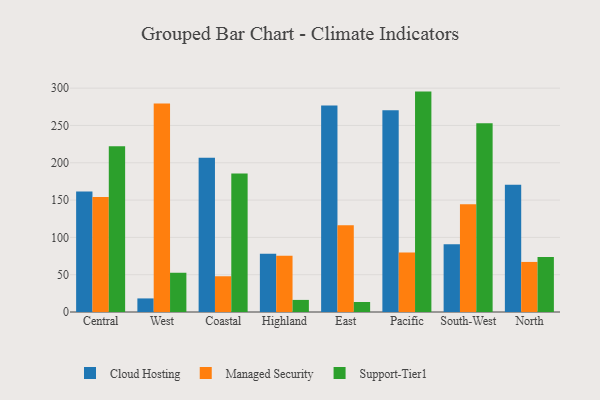
{"axis": {"x": "Region", "y": "Active Users"}, "legend": ["Cloud Hosting", "Managed Security", "Support-Tier1"], "data": [{"x": "Central", "y": 161.6, "type": "Cloud Hosting"}, {"x": "Central", "y": 154.0, "type": "Managed Security"}, {"x": "Central", "y": 222.2, "type": "Support-Tier1"}, {"x": "West", "y": 18.2, "type": "Cloud Hosting"}, {"x": "West", "y": 279.5, "type": "Managed Security"}, {"x": "West", "y": 52.6, "type": "Support-Tier1"}, {"x": "Coastal", "y": 206.6, "type": "Cloud Hosting"}, {"x": "Coastal", "y": 47.9, "type": "Managed Security"}, {"x": "Coastal", "y": 185.6, "type": "Support-Tier1"}, {"x": "Highland", "y": 78.1, "type": "Cloud Hosting"}, {"x": "Highland", "y": 75.4, "type": "Managed Security"}, {"x": "Highland", "y": 16.2, "type": "Support-Tier1"}, {"x": "East", "y": 276.8, "type": "Cloud Hosting"}, {"x": "East", "y": 116.4, "type": "Managed Security"}, {"x": "East", "y": 13.4, "type": "Support-Tier1"}, {"x": "Pacific", "y": 270.3, "type": "Cloud Hosting"}, {"x": "Pacific", "y": 79.9, "type": "Managed Security"}, {"x": "Pacific", "y": 295.4, "type": "Support-Tier1"}, {"x": "South-West", "y": 90.9, "type": "Cloud Hosting"}, {"x": "South-West", "y": 144.5, "type": "Managed Security"}, {"x": "South-West", "y": 253.0, "type": "Support-Tier1"}, {"x": "North", "y": 170.7, "type": "Cloud Hosting"}, {"x": "North", "y": 67.1, "type": "Managed Security"}, {"x": "North", "y": 73.7, "type": "Support-Tier1"}]}